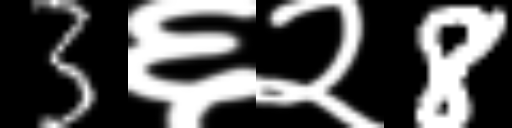
Text: 3६२8